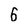
Character: 5